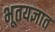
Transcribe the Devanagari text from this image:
भूतयज्ञात